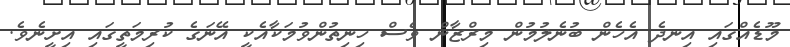
މޫޑެއްގައި އިނދެ އެހެން ބުނެލުމުން މިރްޒާން ވެސް ހިނިތުންވުމަކާއެކީ އޭނަގެ ކުރިމަތީގައި އިށީނެވެ.